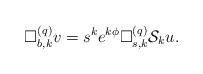
LaTeX: \begin{align*} \Box^{(q)}_{b,k}v=s^ke^{k\phi}\Box^{(q)}_{s,k}\mathcal{S}_{k}u.\end{align*}